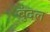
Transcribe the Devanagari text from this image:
बुंदल